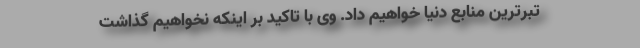
تبرترین منابع دنیا خواهیم داد. وی با تاکید بر اینکه نخواهیم گذاشت